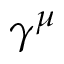
\gamma ^ { \mu }